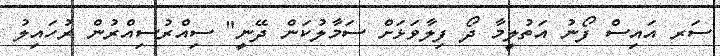
ސަރ އައިސް ފޯނު އަތުލީމާ ދޯ ފިލާވަޅަށް ސަމާލުކަން ދޭނީ" ސިއްރުސިއްރުން ރުހައިލު